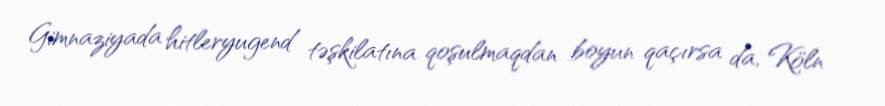
Gimnaziyada hitleryugend təşkilatına qoşulmaqdan boyun qaçırsa da, Köln